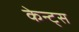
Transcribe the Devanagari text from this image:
केन्ट्स